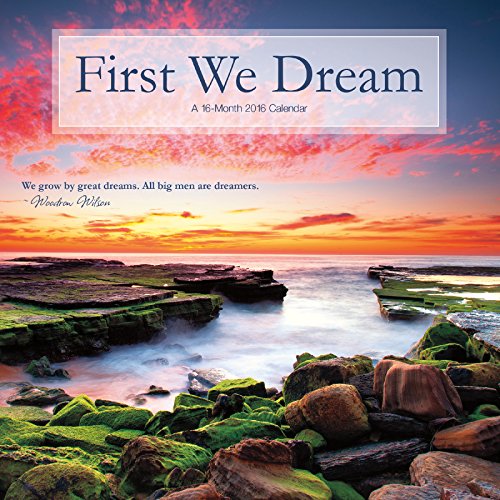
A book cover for First We Dream 2016 Mini Calendar; Trends International; Calendars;